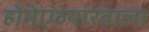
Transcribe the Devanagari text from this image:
होमेएव्‍यारवाला